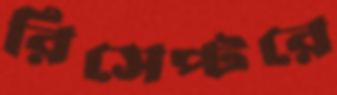
রিসেপ্টরে